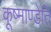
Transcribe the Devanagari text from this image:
कूष्माण्डेति